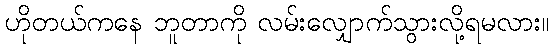
ဟိုတယ်ကနေ ဘူတာကို လမ်းလျှောက်သွားလို့ရမလား။